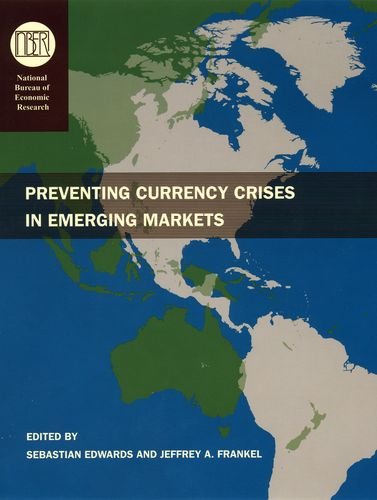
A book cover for Preventing Currency Crises in Emerging Markets (National Bureau of Economic Research Conference Report); Business & Money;